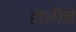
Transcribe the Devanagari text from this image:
हालीचे